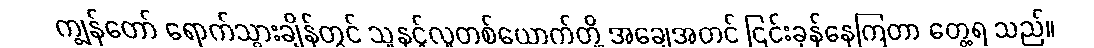
ကျွန်တော် ရောက်သွားချိန်တွင် သူနှင့်လူတစ်ယောက်တို့ အချေအတင် ငြင်းခုန်နေကြတာ တွေ့ရ သည်။